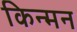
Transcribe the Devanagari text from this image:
किन्मन